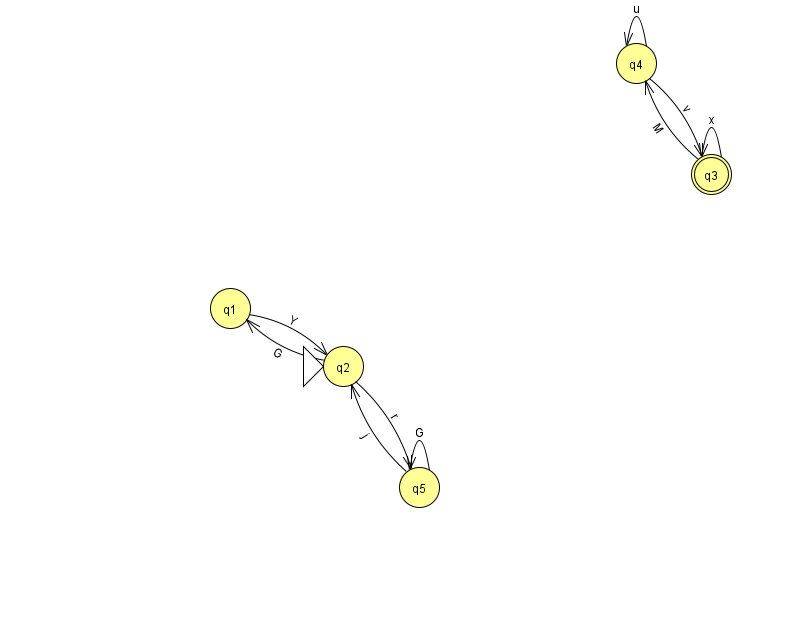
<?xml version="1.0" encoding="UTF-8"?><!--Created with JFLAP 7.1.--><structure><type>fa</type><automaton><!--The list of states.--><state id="1" name="q1"><x>230.0</x><y>295.0</y></state><state id="2" name="q2"><x>343.0</x><y>353.0</y><initial/></state><state id="3" name="q3"><x>711.0</x><y>161.0</y><final/></state><state id="4" name="q4"><x>636.0</x><y>50.0</y></state><state id="5" name="q5"><x>419.0</x><y>474.0</y></state><!--The list of transitions.--><transition><from>3</from><to>4</to><read>M</read></transition><transition><from>2</from><to>5</to><read>r</read></transition><transition><from>4</from><to>4</to><read>u</read></transition><transition><from>2</from><to>1</to><read>G</read></transition><transition><from>5</from><to>5</to><read>G</read></transition><transition><from>1</from><to>2</to><read>Y</read></transition><transition><from>3</from><to>3</to><read>x</read></transition><transition><from>4</from><to>3</to><read>v</read></transition><transition><from>5</from><to>2</to><read>j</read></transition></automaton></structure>